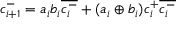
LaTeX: c _ { i + 1 } ^ { - } = a _ { i } b _ { i } { \overline { { c _ { i } ^ { - } } } } + ( a _ { i } \oplus b _ { i } ) c _ { i } ^ { + } { \overline { { c _ { i } ^ { - } } } }